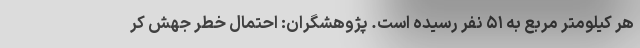
هر کیلومتر مربع به ۵۱ نفر رسیده است. پژوهشگران: احتمال خطر جهش کر